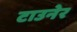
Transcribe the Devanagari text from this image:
टाउनेर